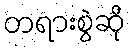
တရားစွဲဆို